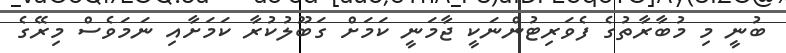
ބުނީ މި މުބާރާތުގެ ފެވަރިޓުންނަކީ ޖާމަނީ ކަމަށް ގަބޫލުކުރާ ކަމަށާއި ނަމަވެސް މިރޭގެ